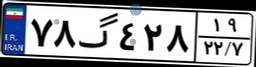
۷۸گ۴۲۸۱۹